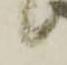
候